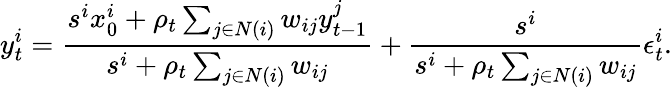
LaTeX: y_{t}^{i}=\frac{s^{i}x_{0}^{i}+\rho_{t}\sum_{j\in N(i)}w_{ij}y_{t-1}^{j}}{s^{i}+\rho_{t}\sum_{j\in N(i)}w_{ij}}+\frac{s^{i}}{s^{i}+\rho_{t}\sum_{j\in N(i)}w_{ij}}\epsilon_{t}^{i}.